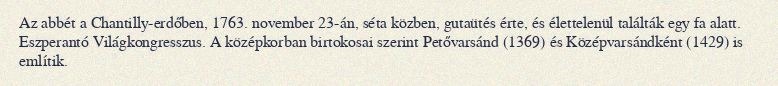
Az abbét a Chantilly-erdőben, 1763. november 23-án, séta közben, gutaütés érte, és élettelenül találták egy fa alatt. Eszperantó Világkongresszus. A középkorban birtokosai szerint Petővarsánd (1369) és Középvarsándként (1429) is említik.